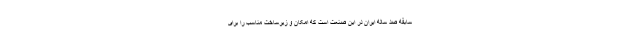
سابقه صد ساله ایران در این صنعت است که امکان و زیرساخت مناسب را برای